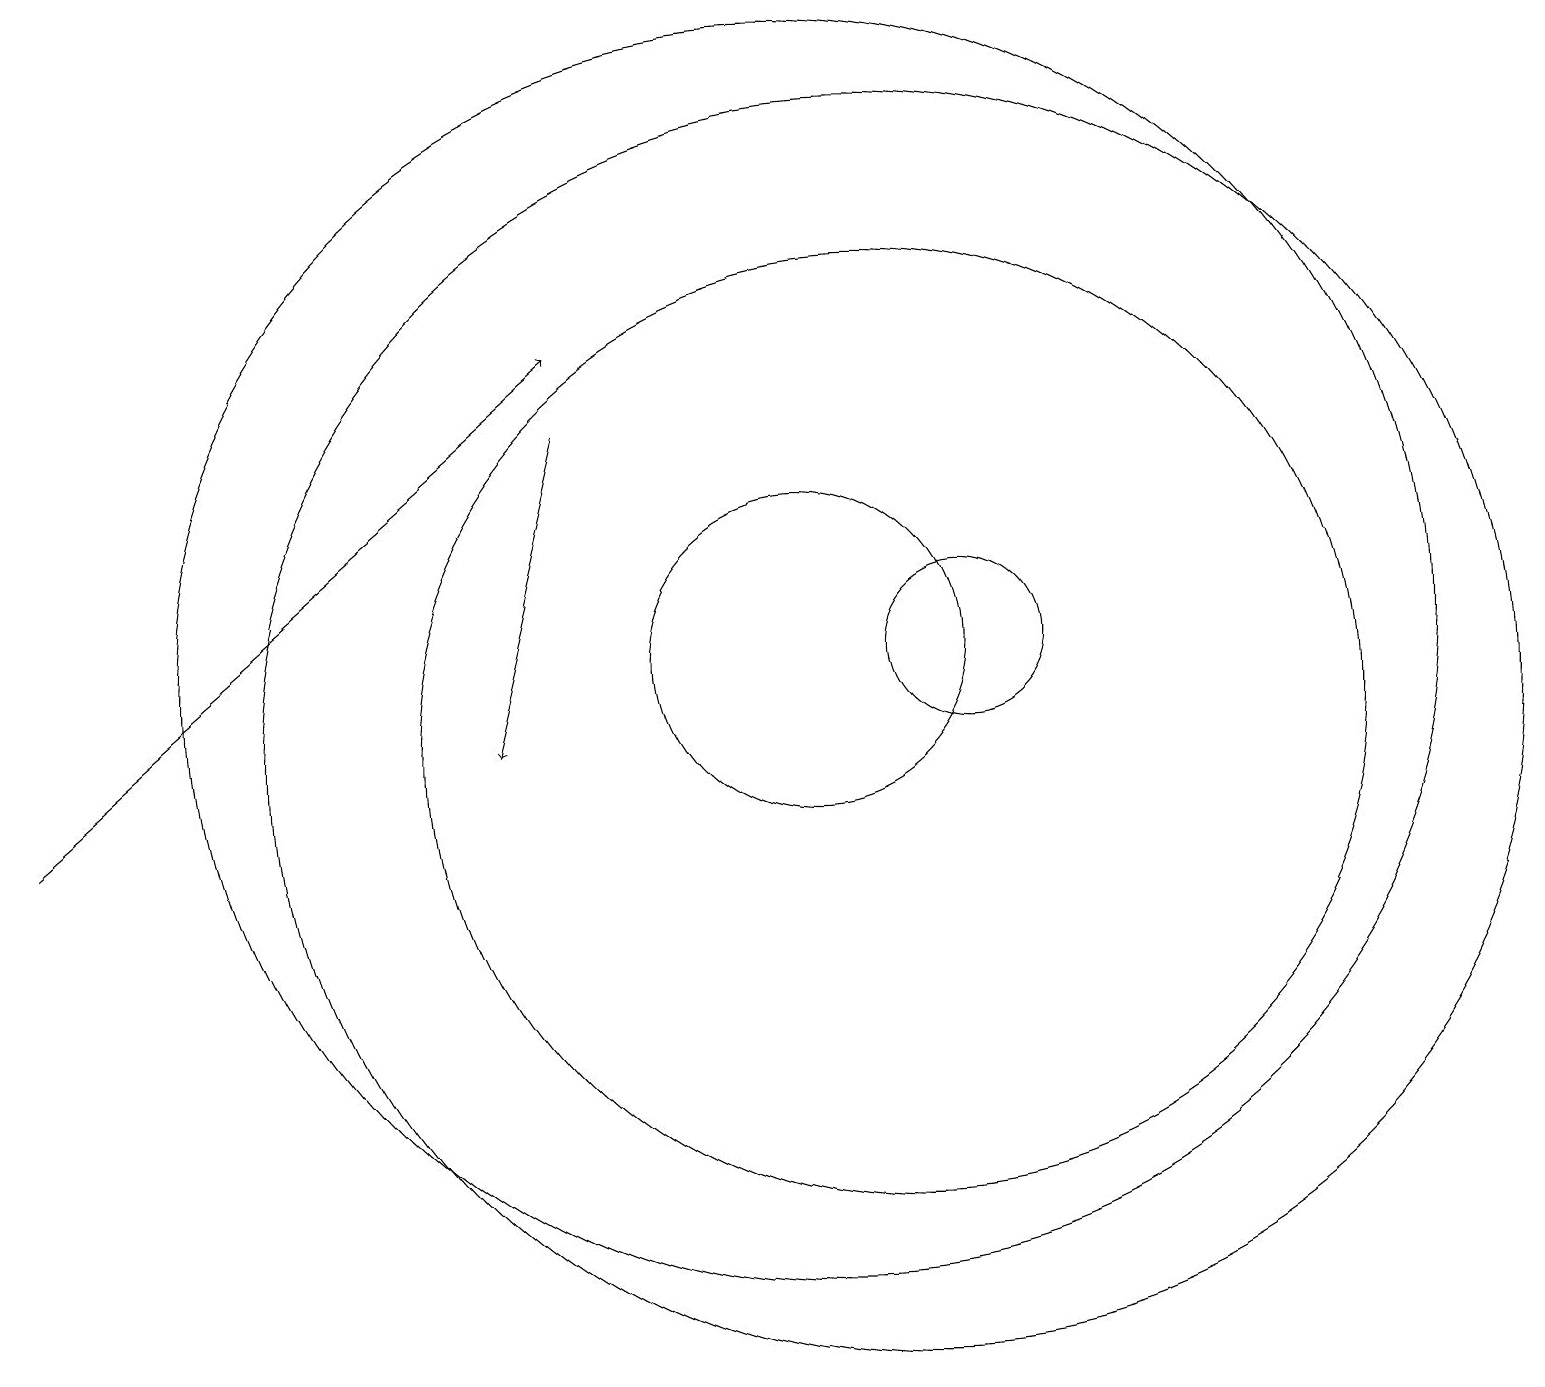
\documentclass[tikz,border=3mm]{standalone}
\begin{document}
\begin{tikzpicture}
\draw (10,12) circle (2);
\draw (11,11) circle (6);
\draw (11,11) circle (8);
\draw[->] (7,15) -- (6,11);
\draw (12,12) circle (1);
\draw (10,12) circle (8);
\draw[->] (0,10) -- (7,16);
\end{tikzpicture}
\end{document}